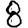
Digit: 8